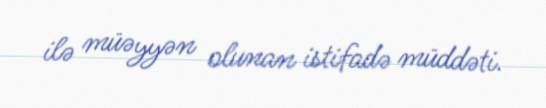
ilə müəyyən olunan istifadə müddəti.